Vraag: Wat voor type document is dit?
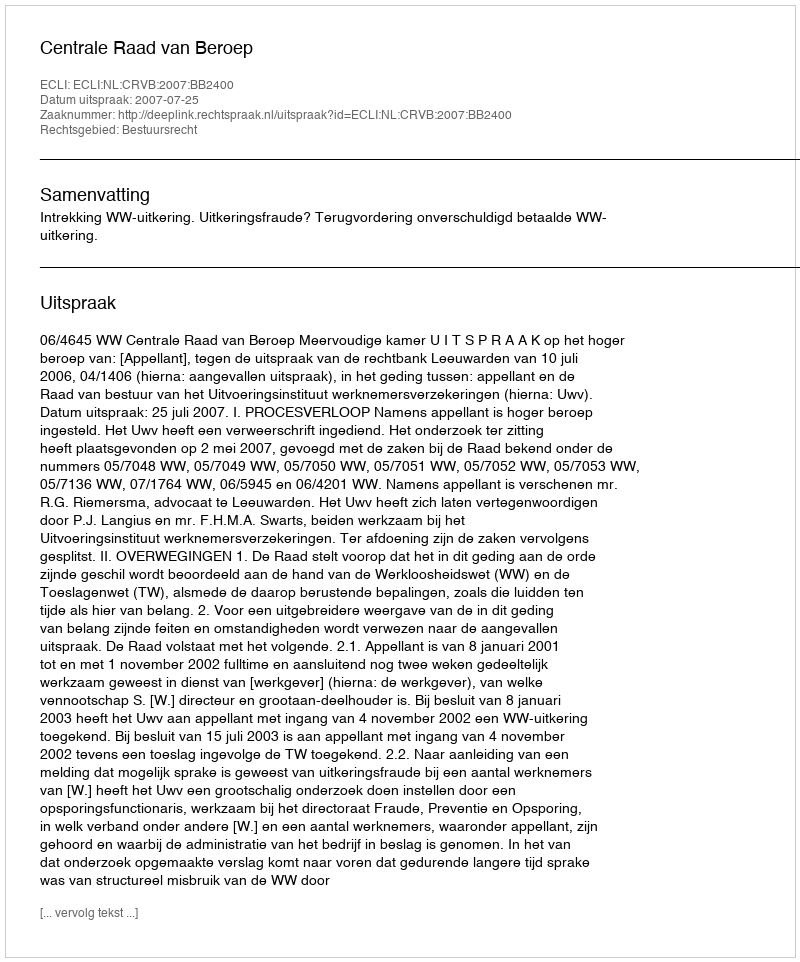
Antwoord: Uitspraak